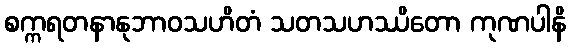
စက္ကရတနာနုဘာဝသဟိတံ သတသဟဿိတော ကုဏပါနိ